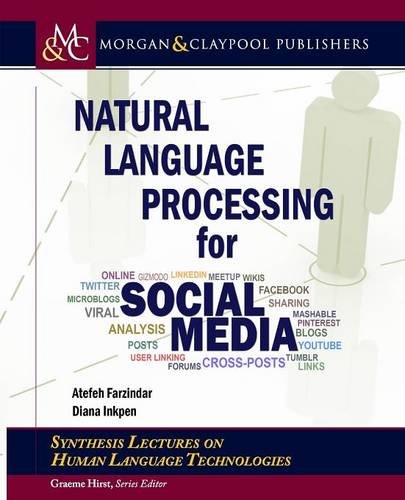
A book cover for Natural Language Processing for Social Media (Synthesis Lectures on Human Language Technologies); Atefeh Farzindar; Reference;